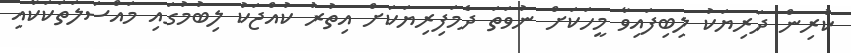
ކުރިން ދަރިޔަކު ލިބިފައިވާ މީހަކަށް ނުވަތަ ދެމަފިރިޔަކަށް އިތުރު ކުއްޖަކު ލިބުމުގައި މައްސަލަތަކަކާއި